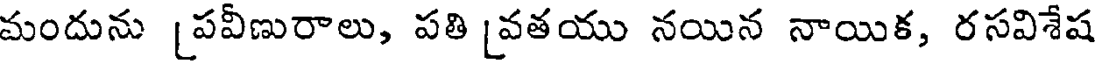
మందును [పవీణురాలు, పతి [వతయు నయిన నాయిక, రసవిశేష